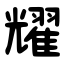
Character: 耀